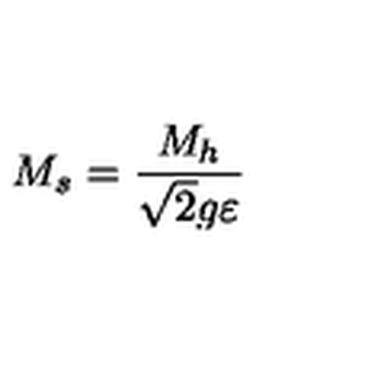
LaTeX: M _ { s } = \frac { M _ { h } } { \sqrt { 2 } g \varepsilon }